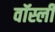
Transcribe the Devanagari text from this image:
वॉर्स्ली